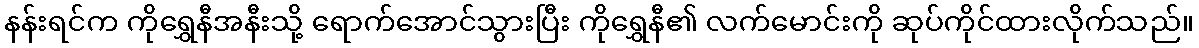
နန်းရင်က ကိုရွှေနီအနီးသို့ ရောက်အောင်သွားပြီး ကိုရွှေနီ၏ လက်မောင်းကို ဆုပ်ကိုင်ထားလိုက်သည်။